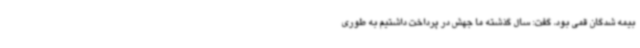
بیمه شدگان قمی بود، گفت: سال گذشته ما جهش در پرداخت داشتیم به طوری